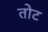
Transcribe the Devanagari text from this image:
तोट